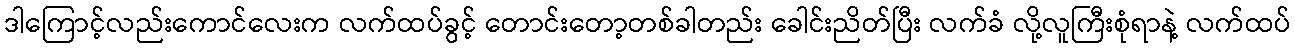
ဒါကြောင့်လည်းကောင်လေးက လက်ထပ်ခွင့် တောင်းတော့တစ်ခါတည်း ခေါင်းညိတ်ပြီး လက်ခံ လို့လူကြီးစုံရာနဲ့ လက်ထပ်